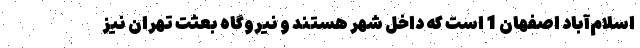
اسلام‌آباد اصفهان 1 است که داخل شهر هستند و نیروگاه بعثت تهران نیز